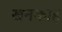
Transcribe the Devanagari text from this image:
खनकाह